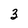
Character: 3